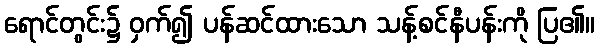
ရောင်တွင်း၌ ဝှက်၍ ပန်ဆင်ထားသော သန့်စင်နီပန်းကို ပြ၏။